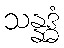
သန္နဒ္ဓံ